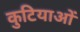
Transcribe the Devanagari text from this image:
कुटियाओं